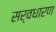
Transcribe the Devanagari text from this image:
सर्वधारण